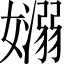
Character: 𡣄